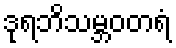
ဒုရဘိသမ္ဘဝတရံ